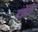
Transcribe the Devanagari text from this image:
दारेर्र